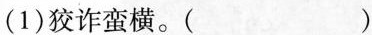
(1)狡诈蛮横。()